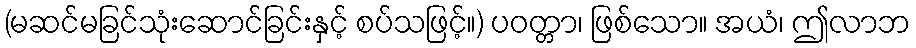
(မဆင်မခြင်သုံးဆောင်ခြင်းနှင့် စပ်သဖြင့်။) ပဝတ္တာ၊ ဖြစ်သော။ အယံ၊ ဤလာဘ